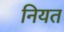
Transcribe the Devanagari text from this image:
नियत